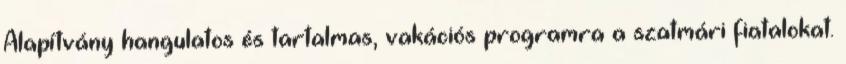
Alapítvány hangulatos és tartalmas, vakációs programra a szatmári fiatalokat.